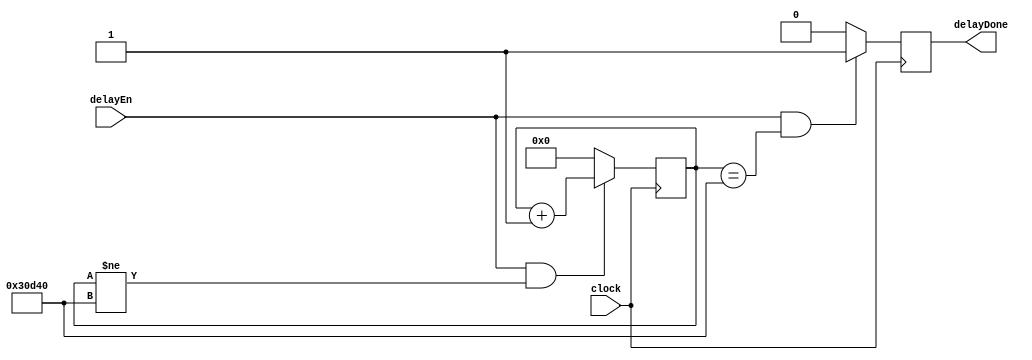
module delayGen(
    input wire clock,
    input wire delayEn,
    output reg delayDone
    );
    
reg [17:0] counter;    

always @(posedge clock)
begin
    if(delayEn & counter!=200000)
        counter <= counter+1;
    else
        counter <= 0;
end

always @(posedge clock)
begin
    if(delayEn & counter==200000)
        delayDone <= 1'b1;
    else
        delayDone <= 1'b0;
end
    
endmodule